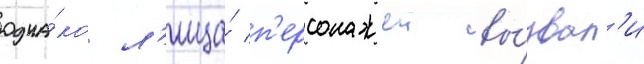
одна́ко л'ица́ п'ерсонажеи вы́звал'и